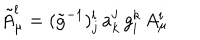
\tilde { A } _ { \mu } ^ { l } = ( \tilde { g } ^ { - 1 } ) { } _ { j } ^ { l } \, a _ { k } ^ { j } \, g _ { i } ^ { k } \, A _ { \mu } ^ { i }